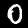
Label: 0